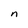
Character: n